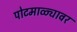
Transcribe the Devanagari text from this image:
पोटमाळ्यावर